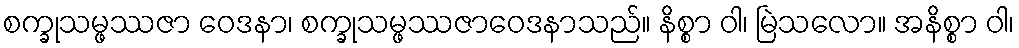
စက္ခုသမ္ဖဿဇာ ဝေဒနာ၊ စက္ခုသမ္ဖဿဇာဝေဒနာသည်။ နိစ္စာ ဝါ၊ မြဲသလော။ အနိစ္စာ ဝါ၊